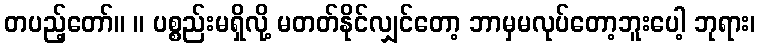
တပည့်တော်။ ။ ပစ္စည်းမရှိလို့ မတတ်နိုင်လျှင်တော့ ဘာမှမလုပ်တော့ဘူးပေါ့ ဘုရား၊